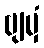
ဗျမှံ